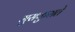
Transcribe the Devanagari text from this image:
मुसकुराते